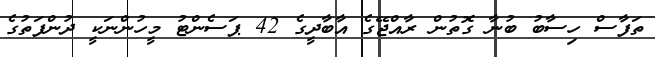
ތަފާސް ހިސާބު ބުނާ ގޮތުން ރާއްޖޭގެ އާބާދީގެ 42 ޕަސެންޓު މީހުންނަކީ ދުންފަތުގެ